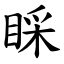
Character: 睬